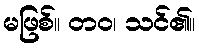
မဖြစ်။ တဝ၊ သင်၏။